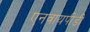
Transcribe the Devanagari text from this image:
एनवायपीडी